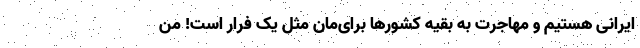
ایرانی هستیم و مهاجرت به بقیه کشورها برای‌مان مثل یک فرار است! من